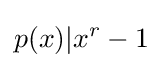
p(x)|x^{r}-1